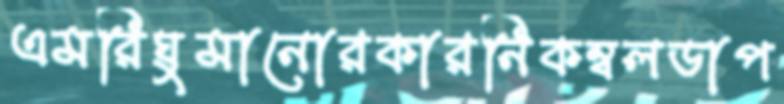
এমরিঘুমানোরকারনিকম্বলডাপ